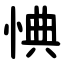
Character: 㥏